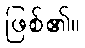
ဖြစ်၏။